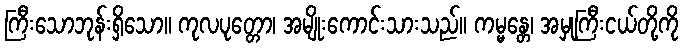
ကြီးသောဘုန်းရှိသော။ ကုလပုတ္တော၊ အမျိုးကောင်းသားသည်။ ကမ္မန္တေ၊ အမှုကြီးငယ်တို့ကို